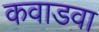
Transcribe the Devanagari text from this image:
कवाडवा